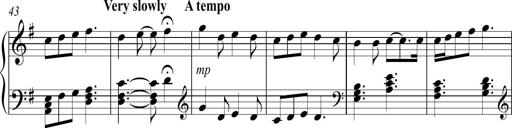
Title: Sonatina no. 2
Composer: Brian Henderson-Sellers
Key: G major